Report by Surgeon-Major Lyons, I.M.S., President of the Plague Research Committee - Part I
Disease focus: Plague
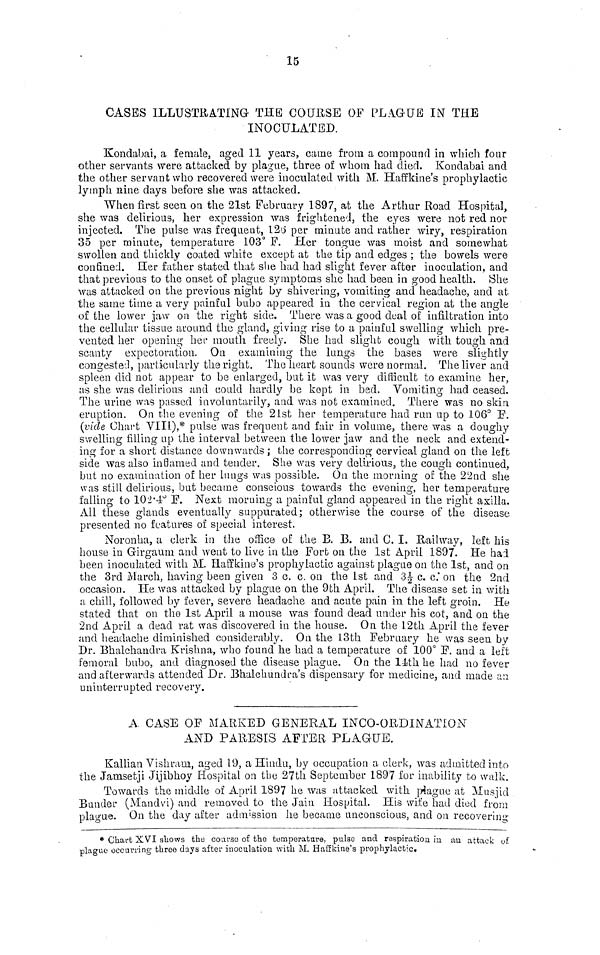
15
CASES ILLUSTRATING THE COURSE OF PLAGUE IN THE
INOCULATED.
Kondabai, a female, aged 11 years, came from a compound in which four
other servants were attacked by plague, three of whom had died. Kondabai and
the other servant who recovered were inoculated with M. Haffkine's prophylactic
lymph nine days before she was attacked.
When first seen on the 21st February 1897, at the Arthur Road Hospital,
she was delirious, her expression was frightened, the eyes were not red nor
injected. The pulse was frequent, 126 per minute and rather wiry, respiration
35 per minute, temperature 103° F. Her tongue was moist and somewhat
swollen and thickly coated white except at the tip and edges ; the bowels were
confined. Her father stated that she had had slight fever after inoculation, and
that previous to the onset of plague symptoms she had been in good health. She
was attacked on the previous night by shivering, vomiting and headache, and at
the same time a very painful bubo appeared in the cervical region at the angle
of the lower jaw on the right side. There was a good deal of infiltration into
the cellular tissue around the gland, giving rise to a painful swelling which pre-
vented her opening her mouth freely. She had slight cough with tough and
scanty expectoration. On examining the lungs the bases were slightly
congested, particularly the right. The heart sounds were normal. The liver and
spleen did not appear to be enlarged, but it was very difficult to examine her,
as she was delirious and could hardly be kept in bed. Vomiting had ceased.
The urine was passed involuntarily, and was not examined. There was no skin
eruption. On the evening of the 21st her temperature had run up to 106° E.
(vide Chart VIII),* pulse was frequent and fair in volume, there was a doughy
swelling filling up the interval between the lower jaw and the neck and extend-
ing for a short distance downwards ; the corresponding cervical gland on the left
side was also inflamed and tender. She was very delirious, the cough continued,
but no examination of her lungs was possible. On the morning of the 22nd she
was still delirious, but became conscious towards the evening, her temperature
falling to 102.4° E. Next morning a painful gland appeared in the right axilla.
All these glands eventually suppurated; otherwise the course of the disease
presented no features of special interest.
Noronha, a clerk in the office of the E. B. and C. I. Railway, left his
house in Girgaurm and went to live in the Fort on the 1st April 1897. He had
been inoculated with M. Haffkine's prophylactic against plague on the 1st, and on
the 3rd March, having been given 3 c. c. on the 1st and 3½ c. c* on the 2nd
occasion. He was attacked by plague on the 9th April. The disease set in with
a chill, followed by fever, severe headache and acute pain in the left groin. He
stated that on the 1st April a mouse was found dead under his cot, and on the
2nd April a dead rat was discovered in the house. On the 12th April the fever
and headache diminished considerably. On the 13th February he was seen by
Dr. Bhalchandra Krishna, who found he had a temperature of 100° E. and a left
femoral bubo, and diagnosed the disease plague. On the 14th he had no fever
and afterwards attended Dr. Bhalchundra's dispensary for medicine, and made an
uninterrupted recovery.
A. CASE OF MARKED GENERAL INCO-ORDINATION"
AND PARESIS AFTER PLAGUE.
Kallian Vishram, aged 19, a Hindu, by occupation a clerk, was admitted into
the Jamsetji Jijibhoy Hospital on the 27th September 1897 for inability to walk.
Towards the middle of April 1897 he was attacked with plague at Musjid
Bunder (Mandvi) and removed to the Jain Hospital. His wife had died from
plague. On the day after admission he became unconscious, and on recovering
* Chart XVI shows the course of the temperature, pulso and respiration in an attack
plague occurring three days after inoculation with M. Haffkine's prophylactic«